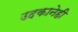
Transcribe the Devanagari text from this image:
उदकानेही